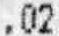
.02